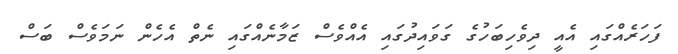
ފަހަރެއްގައި އެއީ ދިވެހިބަހުގެ ގަވައިދުގައި އެއްވެސް ޒަމާނެއްގައި ނެތް އެހެން ނަމަވެސް ބަސް